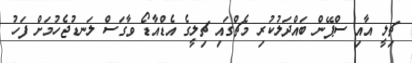
ޗިލީ އާއި ސްޕޭން ބައްދަލުކުރި މެޗްގައި ޗިލީގެ އެޑްއާޑޯ ވާގަސް ލަނޑުޖެހުމަށް ފަހު